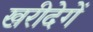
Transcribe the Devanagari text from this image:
खरीदेगें